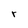
Character: r